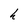
Character: h